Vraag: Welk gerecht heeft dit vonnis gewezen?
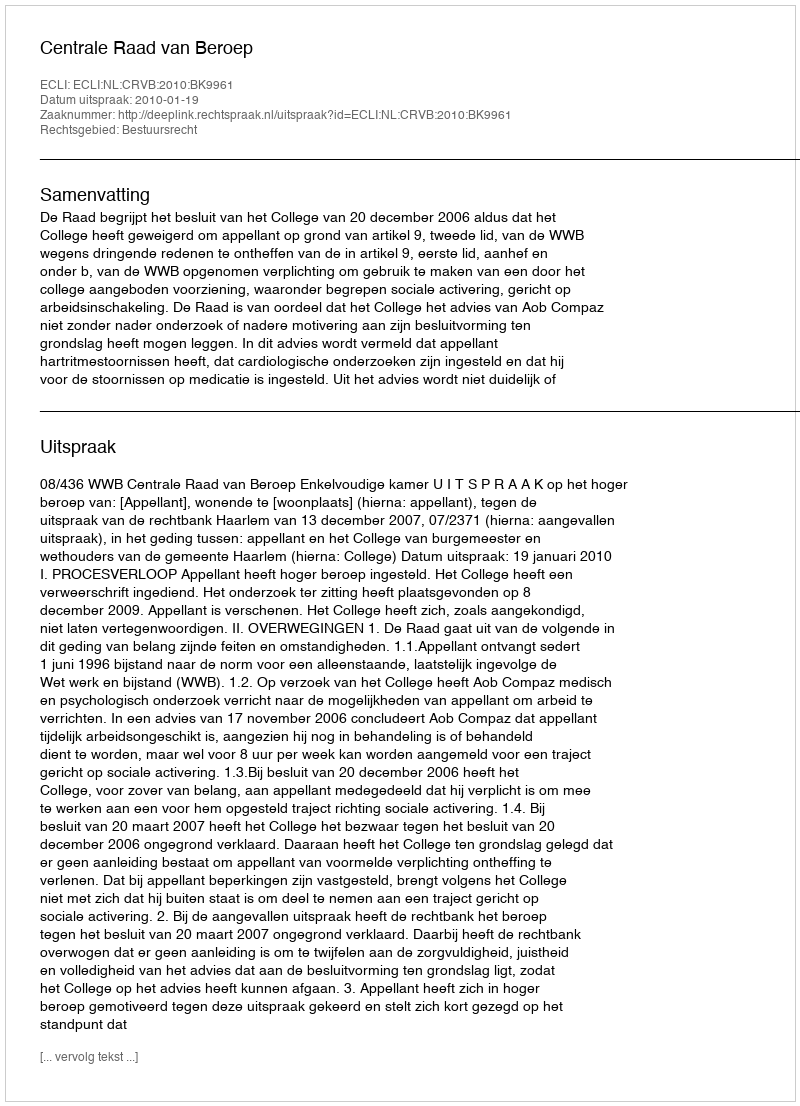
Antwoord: Centrale Raad van Beroep